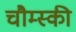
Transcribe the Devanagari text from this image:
चौम्स्की